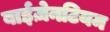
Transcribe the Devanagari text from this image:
बाईज़ेनटियम